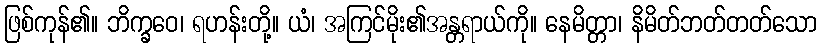
ဖြစ်ကုန်၏။ ဘိက္ခဝေ၊ ရဟန်းတို့။ ယံ၊ အကြင်မိုး၏အန္တရာယ်ကို။ နေမိတ္တာ၊ နိမိတ်ဘတ်တတ်သော